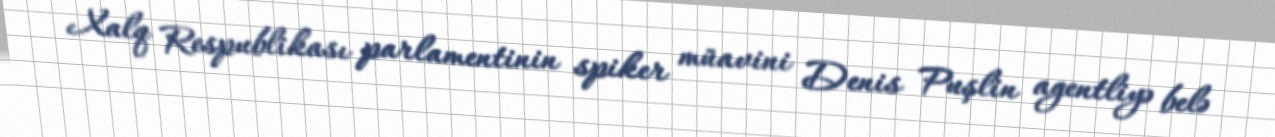
Xalq Respublikası parlamentinin spiker müavini Denis Puşlin agentliyə belə